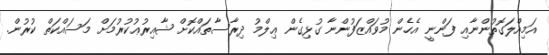
އަމިއްލަގޮތުންނާއި ފަންނީ އެހެން މުވައްޒަފުންނާ ގުޅިގެން ޢިލްމު ދިރާސާތައްކޮށް ޝާއިރުޢުކުރުމަށް މަސައްކަތް ކުރުން.